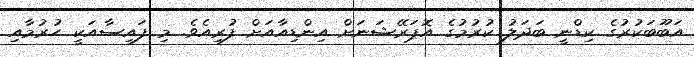
އަބޫބަކުރުގެ ކިޑްނީ ބަދަލު ކުރުމުގެ އޮޕަރޭޝަނަށް އިންޑިއާއަށް ފުރިއެވެެ. މި ފައިސާއަކީ ހުރުމާއި